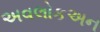
અવલોકઅન